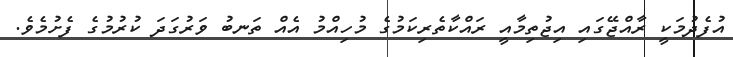
އުފެދުމަކީ ރާއްޖޭގައި އިޖުތިމާއީ ރައްކާތެރިކަމުގެ މުހިއްމު އެއް ތަނބު ވަރުގަދަ ކުރުމުގެ ފެށުމެވެ.